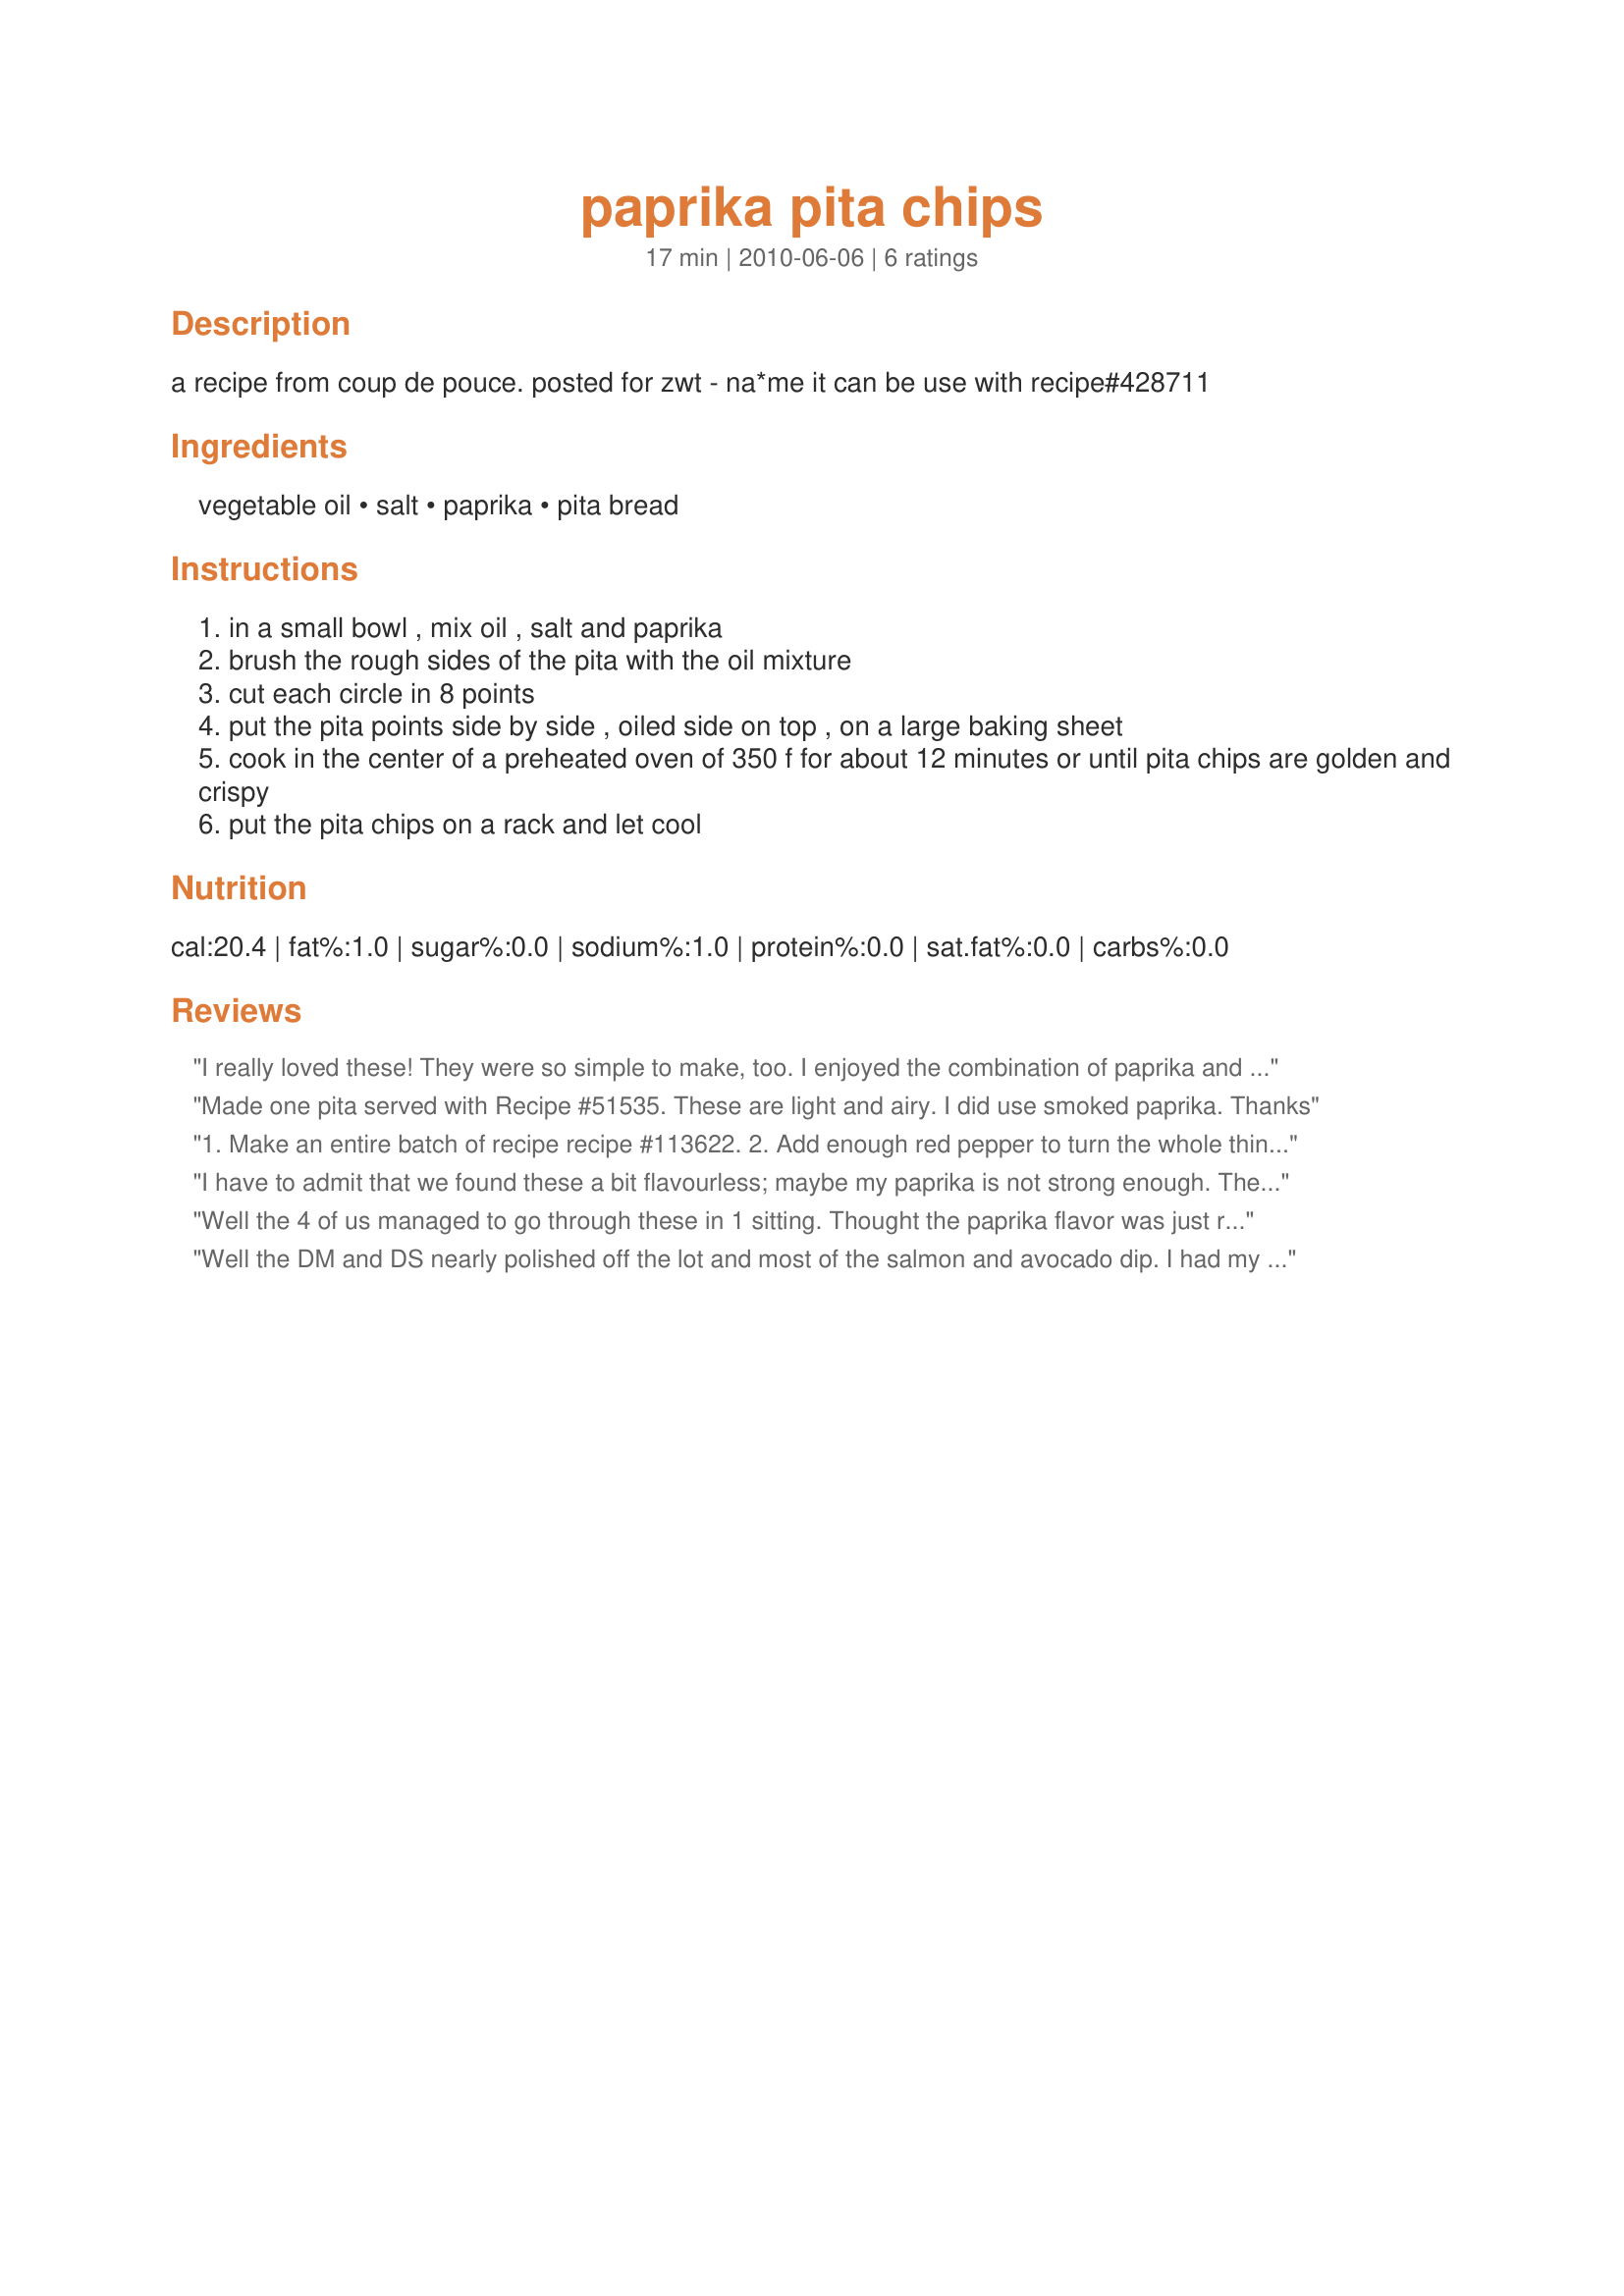
paprika pita chips
Preparation time: 17 minutes

a recipe from coup de pouce. posted for zwt - na*me it can be use with recipe#428711

Ingredients:
vegetable oil, salt, paprika, pita bread

Steps:
in a small bowl , mix oil , salt and paprika
brush the rough sides of the pita with the oil mixture
cut each circle in 8 points
put the pita points side by side , oiled side on top , on a large baking sheet
cook in the center of a preheated oven of 350 f for about 12 minutes or until pita chips are golden and crispy
put the pita chips on a rack and let cool

Reviews:
I really loved these! They were so simple to make, too. I enjoyed the combination of paprika and salt..simple and delicious. I almost ate all of the pita chips in one sitting!
Made one pita served with Recipe #51535. These are light and airy. I did use smoked paprika. Thanks
1. Make an entire batch of recipe recipe #113622. 2. Add enough red pepper to turn the whole thing bright pink. 3. Double a batch of recipe #428713 for 'scoops'. 4. Eat whole thing. 5. Complain of heartburn. 6. Have DH and other family mems think you to be a complete idiot. 7. Return to step one. Made for 123 Hit Wonders.
I have to admit that we found these a bit flavourless; maybe my paprika is not strong enough. They looked pretty, though, and perhaps they would be better served with something on the spicy side. I served along with a soup.
Well the 4 of us managed to go through these in 1 sitting. Thought the paprika flavor was just right. What was humorous was that we were watching dateline, and we were too busy feeding our faces, and raving about these we forgot what they were featuring on the show. Anyway, great tasting appetizers. Made as a bonus for your win in June I Recommend.
Well the DM and DS nearly polished off the lot and most of the salmon and avocado dip. I had my oven at 160C fan forced and in 12 minutes they were well browned and crisp, next time I'll check at 10 minutes and or lower my oven temperature to 150. I would also like to try different flavours with the oil as well, maybe a herbal one. Thank you Boomette, made for 123 Hits.
